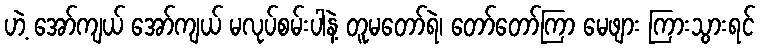
ဟဲ့ အော်ကျယ် အော်ကျယ် မလုပ်စမ်းပါနဲ့ တူမတော်ရဲ၊ တော်တော်ကြာ မေဖျား ကြားသွားရင်